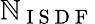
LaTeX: \mathbb{N}_{\mathrm{{~I~S~D~F~}}}